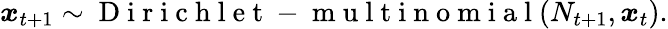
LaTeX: \boldsymbol x_{t+1}\sim\mathrm{~D~i~r~i~c~h~l~e~t~-~m~u~l~t~i~n~o~m~i~a~l~}(N_{t+1},\boldsymbol{x}_{t}).